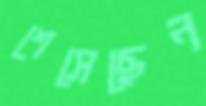
শেসেছেন